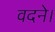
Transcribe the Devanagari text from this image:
वदने।